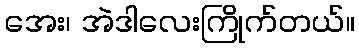
အေး၊ အဲဒါလေးကြိုက်တယ်။